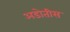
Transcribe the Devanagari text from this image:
अडोतीस